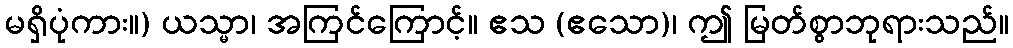
မရှိပုံကား။) ယသ္မာ၊ အကြင်ကြောင့်။ ဧသ (ဧသော)၊ ဤ မြတ်စွာဘုရားသည်။